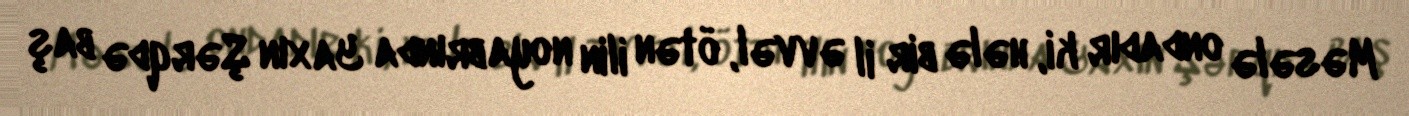
Məsələ ondadır ki, hələ bir il əvvəl, ötən ilin noyabrında Yaxın Şərqdə baş